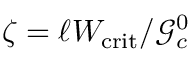
\zeta = \ell W _ { \mathrm { c r i t } } / \mathcal { G } _ { c } ^ { 0 }